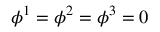
\phi ^ { 1 } = \phi ^ { 2 } = \phi ^ { 3 } = 0